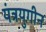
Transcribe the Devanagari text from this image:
यंत्रयुगीन